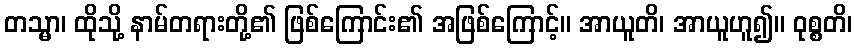
တသ္မာ၊ ထိုသို့ နာမ်တရားတို့၏ ဖြစ်ကြောင်း၏ အဖြစ်ကြောင့်။ အာယူတိ၊ အာယူဟူ၍။ ဝုစ္စတိ၊